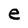
Character: e